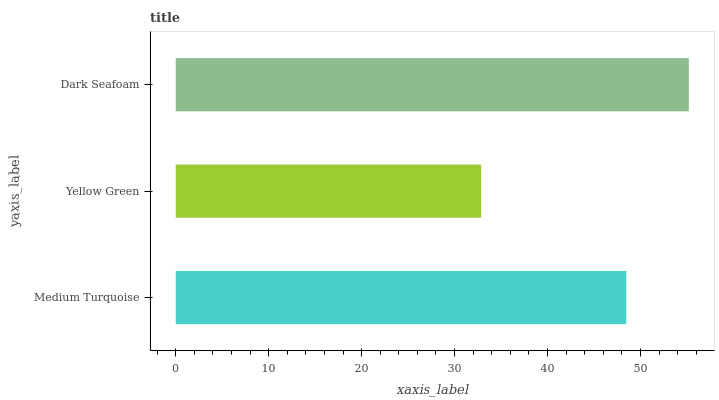
| yaxis_label | bars |
 | --- | --- |
 | Medium Turquoise | 48.5 |
 | Yellow Green | 32.9 |
 | Dark Seafoam | 55.2 |